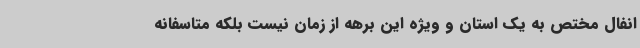
انفال مختص به یک استان و ویژه این برهه از زمان نیست بلکه متاسفانه